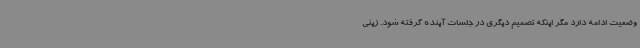
وضعیت ادامه دارد مگر اینکه تصمیم دیگری در جلسات آینده گرفته شود. زینی